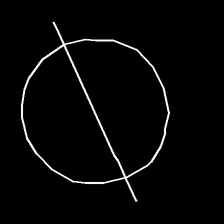
Glyph: orb